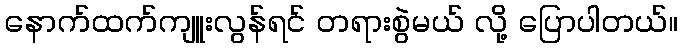
နောက်ထက်ကျူးလွန်ရင် တရားစွဲမယ် လို့ ပြောပါတယ်။